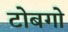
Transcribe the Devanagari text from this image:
टोबगो